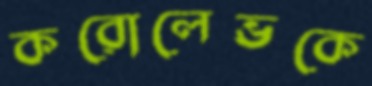
করোলেভকে